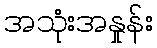
အသုံးအနှုန်း